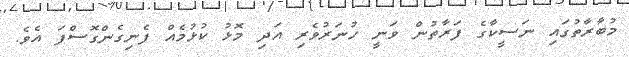
މުބާރާތުގައި ނަސީކާގެ ފަރާތުން ވަނީ ހުނަރުވެރި އަދި މޮޅު ކުޅުމެއް ފެނިގެންގޮސްފަ އެވެ.